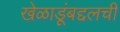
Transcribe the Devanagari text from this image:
खेळाडूंबद्दलची